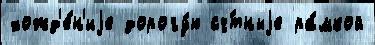
хожд'е́н'иjе дорогу́ю сч́тныjе ра́мкой